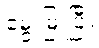
မွေးမြူပြီး